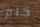
خام